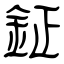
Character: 鉦